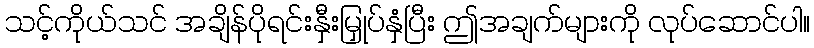
သင့်ကိုယ်သင် အချိန်ပိုရင်းနှီးမြှုပ်နှံပြီး ဤအချက်များကို လုပ်ဆောင်ပါ။